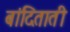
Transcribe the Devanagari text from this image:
बांदिताती